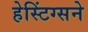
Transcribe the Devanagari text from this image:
हेस्टिंग्सने